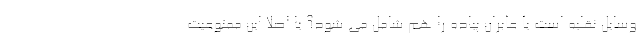
وسایل نقلیه است یا عابران پیاده را هم شامل می شود؟ یا اصلا این ممنوعیت